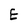
Character: E